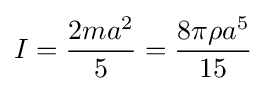
I={\frac {2ma^{2}}{5}}={\frac {8{\pi }{\rho }a^{5}}{15}}